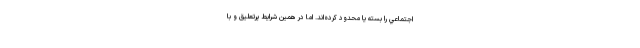
اجتماعي را بسته يا محدود كرده‌اند. اما در همين شرايط پرتعليق و با